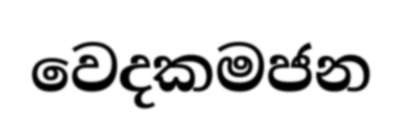
වෙදකමජන